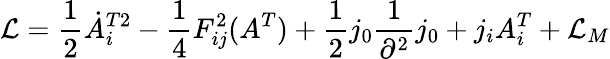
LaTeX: {\cal L}=\frac{1}{2}\dot{A}_{i}^{T2}-\frac{1}{4}F_{ij}^{2}(A^{T})+\frac{1}{2}j_{0}\frac{1}{\partial^{2}}j_{0}+j_{i}A_{i}^{T}+{\cal L}_{M}